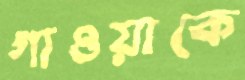
গাওয়াকে